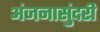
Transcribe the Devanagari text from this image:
अंजनासुंदरी